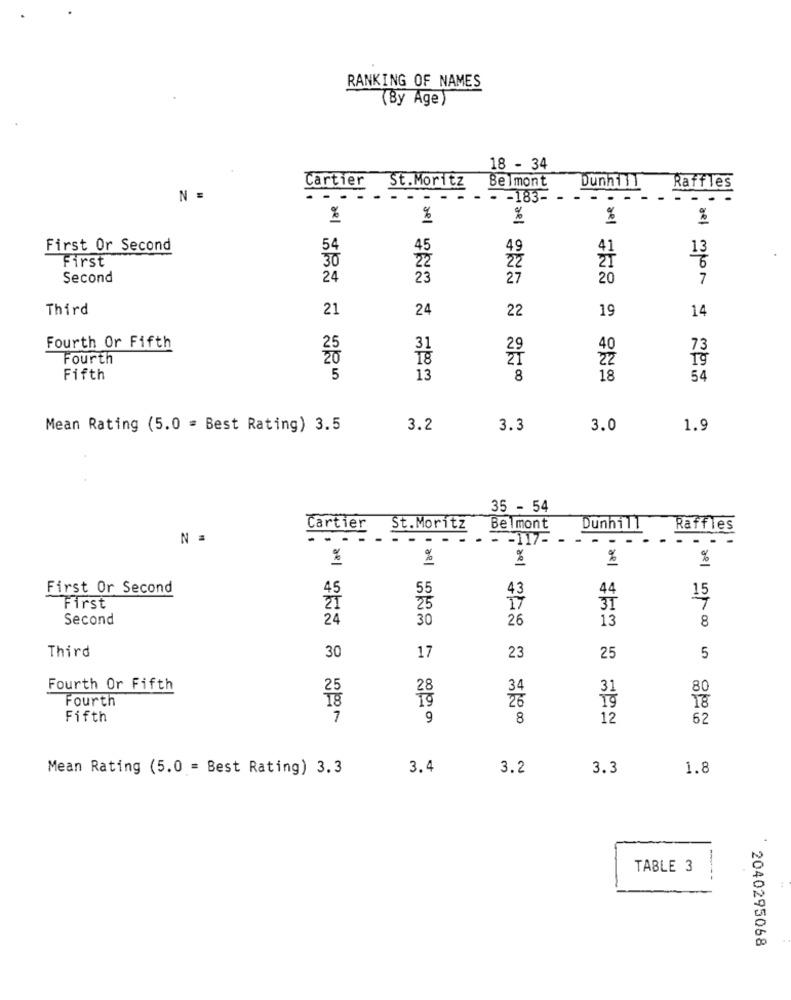
RANKING OF NAMES
(By Age)
18 - 34
Cartier
St. Moritz
Belmont
Dunhill
Raffles
N =
.....
- - -
- - 183-
-
- .
%
%
ae
%
%
First Or Second
49
41
First
54
22
Second
24
23
27
20
7
non
Third
21
24
19
22
14
Fourth Or Fifth
31
40
73
Fourth
18
29
22
Fifth
5
13
8
18
54
Mean Rating (5.0 = Best Rating) 3.5
3.2
3.3
3.0
1.9
35 - 54
Cartier
St.Moritz
Belmont
Dunhill
Raffles
N =
-
- - 117-
- -
%
%
%
%
%
First Or Second
55
43
44
First
25
IT
Second
24
30
26
13
8
Third
30
17
23
25
5
10 0/00
Fourth Or Fifth
25
34
80
Fourth
18
26
18
Fifth
7
8
12
62
Mean Rating (5.0 = Best Rating) 3.3
3.4
3.2
3.3
1.8
..
TABLE 3
---
2040295068